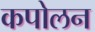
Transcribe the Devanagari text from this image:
कपोलन